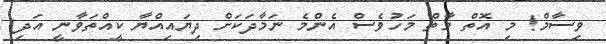
ވިސާމް! މި އޮތް މާތް މަހުވެސް އެންމެ ނަމާދަކަށް ދިޔައިއްޔާ ކީއްތަވާނީ އަދި